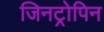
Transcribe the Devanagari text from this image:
जिनट्रोपिन